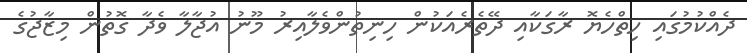
ދެއްކުމުގައި ހިތްހެޔޮ ރާގަކާއި ދޭތެރެއަކުން ހިނިތުންވެލާއިރު މޫނު އުޖާލާ ވެދާ ގޮތުން މިޒާޖުގެ